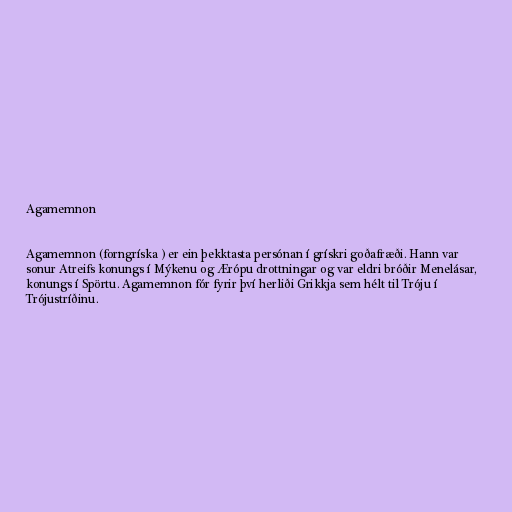
Agamemnon

Agamemnon (forngríska ) er ein þekktasta persónan í grískri goðafræði. Hann var
sonur Atreifs konungs í Mýkenu og Ærópu drottningar og var eldri bróðir Menelásar,
konungs í Spörtu. Agamemnon fór fyrir því herliði Grikkja sem hélt til Tróju í
Trójustríðinu.